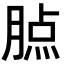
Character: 𦝿